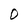
Character: O